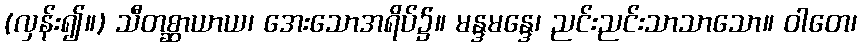
(လှန်း၍။) သီတစ္ဆာယာယ၊ အေးသောအရိပ်၌။ မန္ဒမန္ဒေ၊ ညင်းညင်းသာသာသော။ ဝါတေ၊